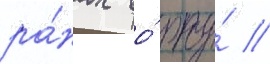
ра́нах во́ рту́ //